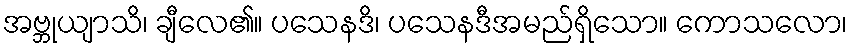
အဗ္ဘုယျာသိ၊ ချီလေ၏။ ပသေနဒိ၊ ပသေနဒီအမည်ရှိသော။ ကောသလော၊